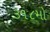
૩૧૮મો